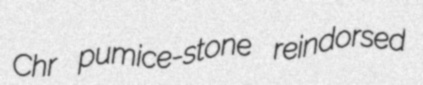
Chr pumice-stone reindorsed